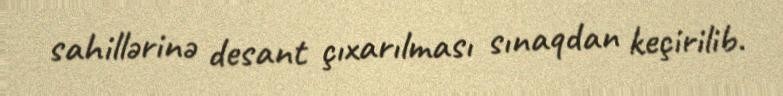
sahillərinə desant çıxarılması sınaqdan keçirilib.